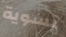
تسوية